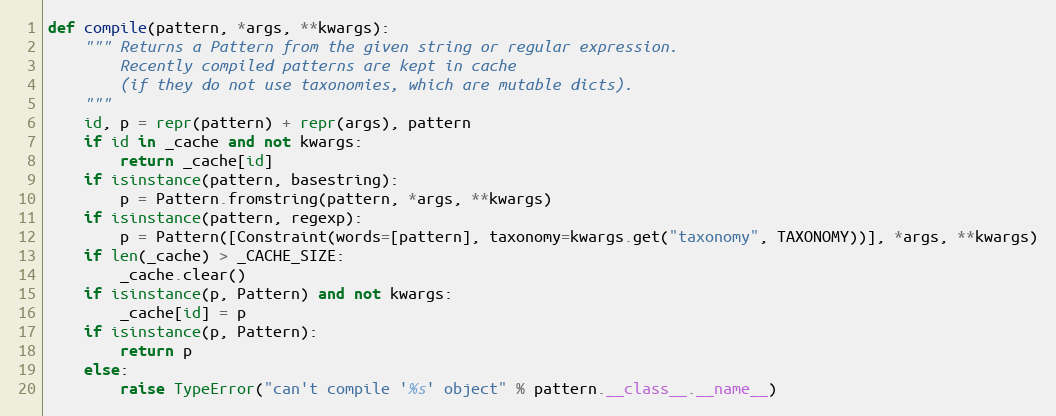
Language: Python
def compile(pattern, *args, **kwargs):
    """ Returns a Pattern from the given string or regular expression.
        Recently compiled patterns are kept in cache
        (if they do not use taxonomies, which are mutable dicts).
    """
    id, p = repr(pattern) + repr(args), pattern
    if id in _cache and not kwargs:
        return _cache[id]
    if isinstance(pattern, basestring):
        p = Pattern.fromstring(pattern, *args, **kwargs)
    if isinstance(pattern, regexp):
        p = Pattern([Constraint(words=[pattern], taxonomy=kwargs.get("taxonomy", TAXONOMY))], *args, **kwargs)
    if len(_cache) > _CACHE_SIZE:
        _cache.clear()
    if isinstance(p, Pattern) and not kwargs:
        _cache[id] = p
    if isinstance(p, Pattern):
        return p
    else:
        raise TypeError("can't compile '%s' object" % pattern.__class__.__name__)